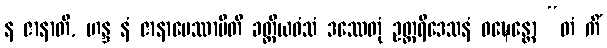
န ဇာနာတိ, ဟန္ဒ နံ ဇာနာပေဿာမီတိ ခတ္တိယဝံသံ ဒဿေတုံ ဥတ္တရိဒေသနံ ဝဍ္ဎေန္တော “တံ ကိံ